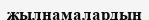
жылнамалардың